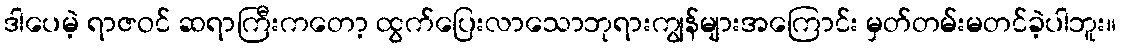
ဒါပေမဲ့ ရာဇဝင် ဆရာကြီးကတော့ ထွက်ပြေးလာသောဘုရားကျွန်များအကြောင်း မှတ်တမ်းမတင်ခဲ့ပါဘူး။